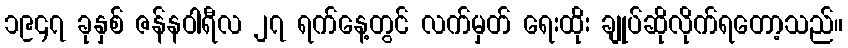
၁၉၄၇ ခုနှစ် ဇန်နဝါရီလ ၂၇ ရက်နေ့တွင် လက်မှတ် ရေးထိုး ချုပ်ဆိုလိုက်ရတော့သည်။